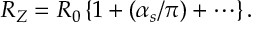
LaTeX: R _ { Z } = R _ { 0 } \left\{ 1 + ( \alpha _ { s } / \pi ) + \cdots \right\} .